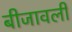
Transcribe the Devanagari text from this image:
बीजावली